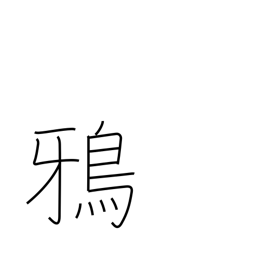
Meaning: crow